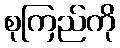
စုကြည်ကို